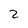
Character: 2